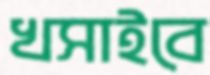
খসাইবে